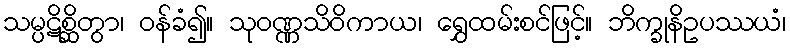
သမ္ပဋိစ္ဆိတွာ၊ ဝန်ခံ၍။ သုဝဏ္ဏသိဝိကာယ၊ ရွှေထမ်းစင်ဖြင့်။ ဘိက္ခုနိဥပဿယံ၊